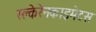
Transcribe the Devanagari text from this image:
स्क्लेरेनकाइमेटस